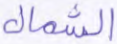
الشمال